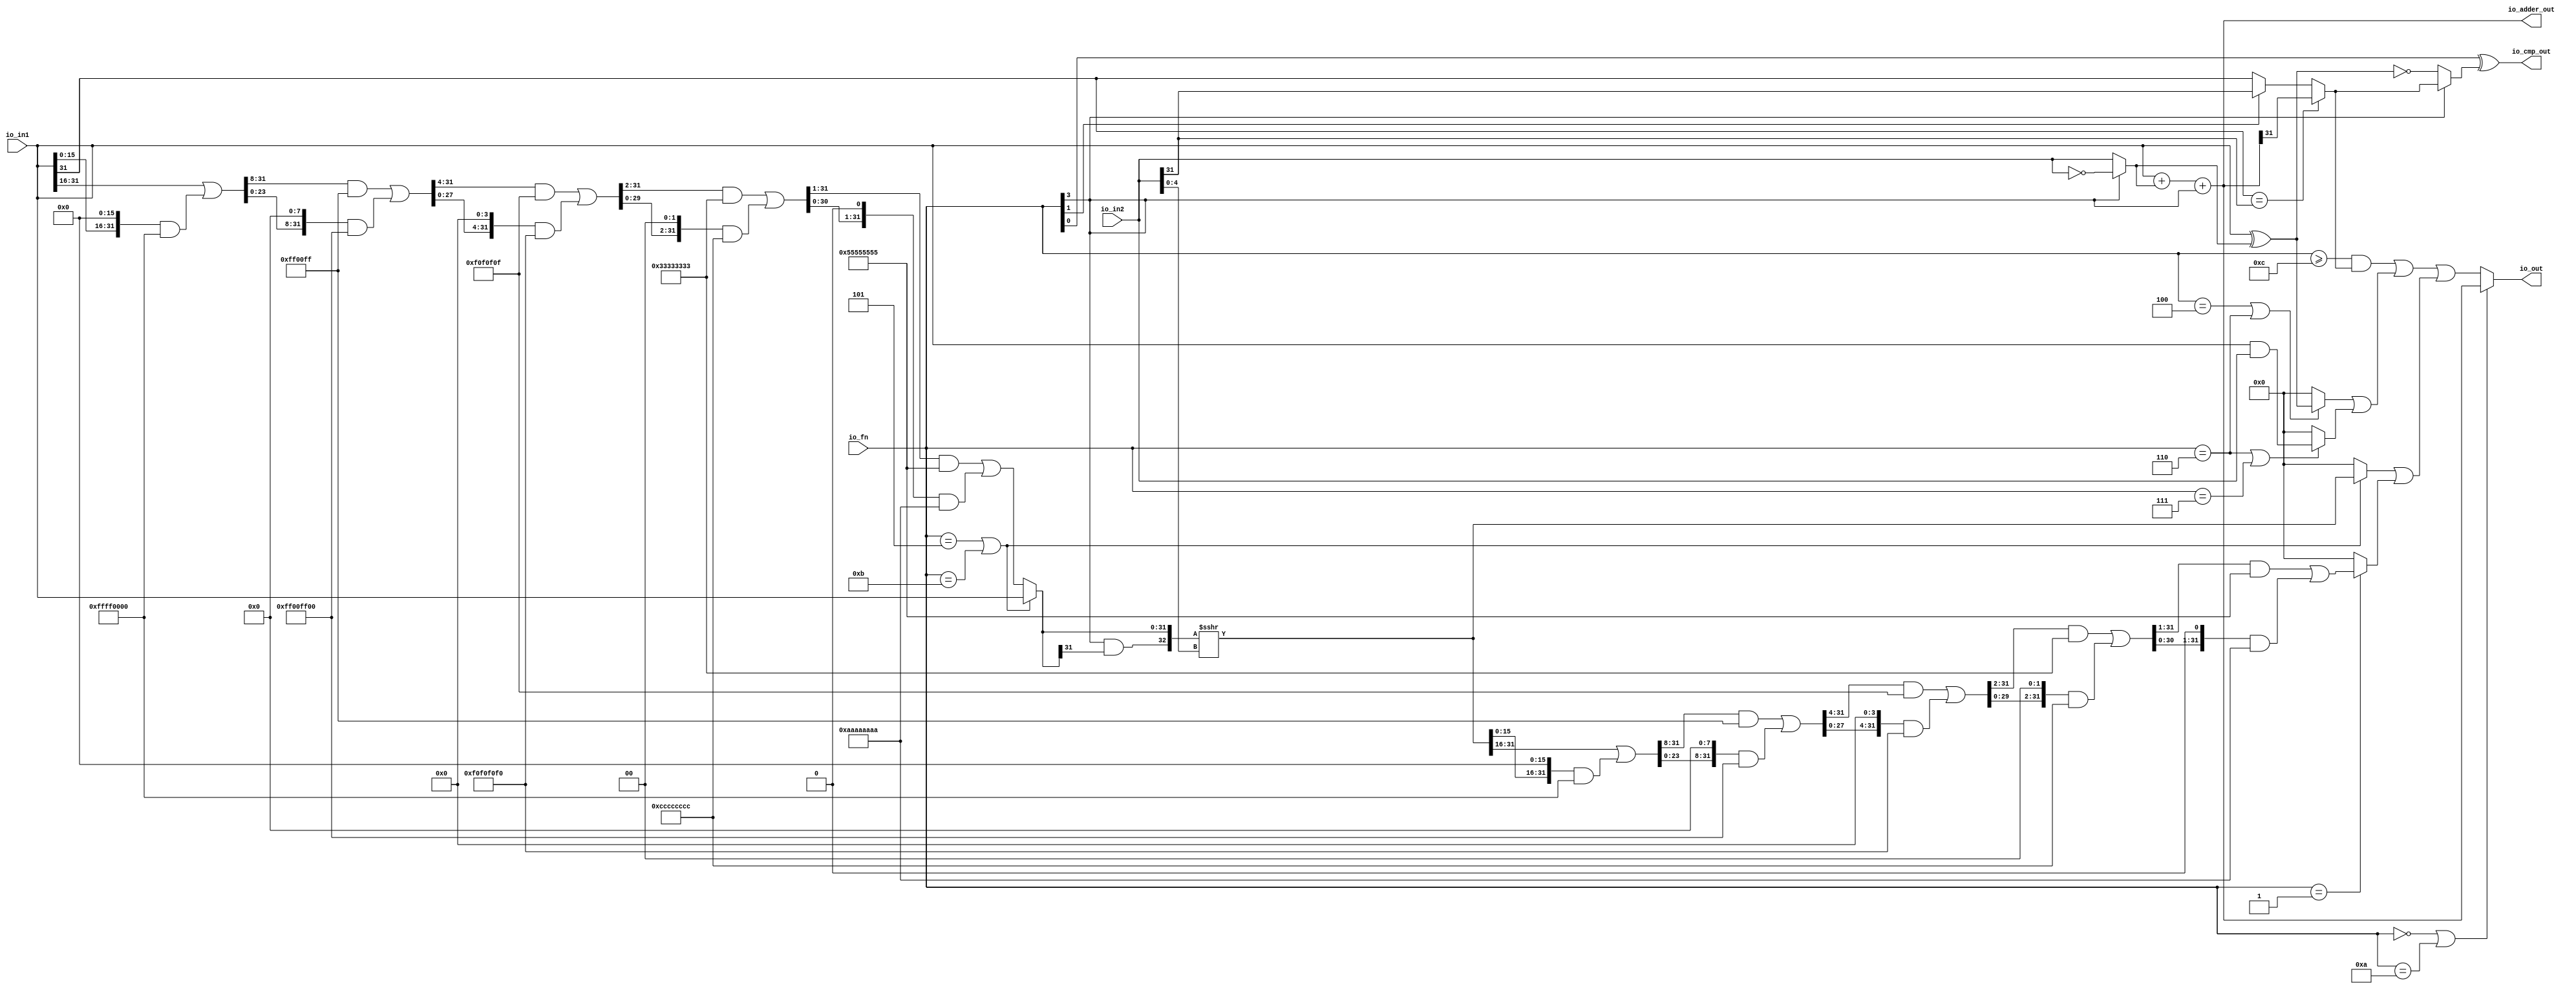
// Copyright (c) 2017, Microsemi Corporation
// All rights reserved.
//
// Redistribution and use in source and binary forms, with or without
// modification, are permitted provided that the following conditions are met:
//     * Redistributions of source code must retain the above copyright
//       notice, this list of conditions and the following disclaimer.
//     * Redistributions in binary form must reproduce the above copyright
//       notice, this list of conditions and the following disclaimer in the
//       documentation and/or other materials provided with the distribution.
//     * Neither the name of the <organization> nor the
//       names of its contributors may be used to endorse or promote products
//       derived from this software without specific prior written permission.
//
// THIS SOFTWARE IS PROVIDED BY THE COPYRIGHT HOLDERS AND CONTRIBUTORS "AS IS" AND
// ANY EXPRESS OR IMPLIED WARRANTIES, INCLUDING, BUT NOT LIMITED TO, THE IMPLIED
// WARRANTIES OF MERCHANTABILITY AND FITNESS FOR A PARTICULAR PURPOSE ARE
// DISCLAIMED. IN NO EVENT SHALL MICROSEMI CORPORATIONM BE LIABLE FOR ANY
// DIRECT, INDIRECT, INCIDENTAL, SPECIAL, EXEMPLARY, OR CONSEQUENTIAL DAMAGES
// (INCLUDING, BUT NOT LIMITED TO, PROCUREMENT OF SUBSTITUTE GOODS OR SERVICES;
// LOSS OF USE, DATA, OR PROFITS; OR BUSINESS INTERRUPTION) HOWEVER CAUSED AND
// ON ANY THEORY OF LIABILITY, WHETHER IN CONTRACT, STRICT LIABILITY, OR TORT
// (INCLUDING NEGLIGENCE OR OTHERWISE) ARISING IN ANY WAY OUT OF THE USE OF THIS
// SOFTWARE, EVEN IF ADVISED OF THE POSSIBILITY OF SUCH DAMAGE.
//
// APACHE LICENSE
// Copyright (c) 2017, Microsemi Corporation 
//
// Licensed under the Apache License, Version 2.0 (the "License");
// you may not use this file except in compliance with the License.
// You may obtain a copy of the License at
//
//    http://www.apache.org/licenses/LICENSE-2.0
//
// Unless required by applicable law or agreed to in writing, software
// distributed under the License is distributed on an "AS IS" BASIS,
// WITHOUT WARRANTIES OR CONDITIONS OF ANY KIND, either express or implied.
// See the License for the specific language governing permissions and
// limitations under the License.
//
// Description:
//
// SVN Revision Information:
// SVN $Revision: $
// SVN $Date: $
//
// Resolved SARs
// SAR      Date     Who   Description
//
// Notes:
//
// ****************************************************************************/
`ifndef RANDOMIZE_REG_INIT 
	 `define RANDOMIZE_REG_INIT 
 `endif
`ifndef RANDOMIZE_MEM_INIT 
	 `define RANDOMIZE_MEM_INIT 
 `endif
`ifndef RANDOMIZE 
	 `define RANDOMIZE 
`endif

`timescale 1ns/10ps
module MiV_AXI_MiV_AXI_0_MIV_RV32IMA_L1_AXI_ALU( // @[:freechips.rocketchip.system.MivRV32ImaL1AhbConfig.fir@109377.2]
  input  [3:0]  io_fn, // @[:freechips.rocketchip.system.MivRV32ImaL1AhbConfig.fir@109380.4]
  input  [31:0] io_in2, // @[:freechips.rocketchip.system.MivRV32ImaL1AhbConfig.fir@109380.4]
  input  [31:0] io_in1, // @[:freechips.rocketchip.system.MivRV32ImaL1AhbConfig.fir@109380.4]
  output [31:0] io_out, // @[:freechips.rocketchip.system.MivRV32ImaL1AhbConfig.fir@109380.4]
  output [31:0] io_adder_out, // @[:freechips.rocketchip.system.MivRV32ImaL1AhbConfig.fir@109380.4]
  output        io_cmp_out // @[:freechips.rocketchip.system.MivRV32ImaL1AhbConfig.fir@109380.4]
);
  wire  _T_9; // @[ALU.scala 40:29:freechips.rocketchip.system.MivRV32ImaL1AhbConfig.fir@109385.4]
  wire [31:0] _T_10; // @[ALU.scala 62:35:freechips.rocketchip.system.MivRV32ImaL1AhbConfig.fir@109386.4]
  wire [31:0] in2_inv; // @[ALU.scala 62:20:freechips.rocketchip.system.MivRV32ImaL1AhbConfig.fir@109387.4]
  wire [31:0] in1_xor_in2; // @[ALU.scala 63:28:freechips.rocketchip.system.MivRV32ImaL1AhbConfig.fir@109388.4]
  wire [32:0] _T_11; // @[ALU.scala 64:26:freechips.rocketchip.system.MivRV32ImaL1AhbConfig.fir@109389.4]
  wire [31:0] _T_12; // @[ALU.scala 64:26:freechips.rocketchip.system.MivRV32ImaL1AhbConfig.fir@109390.4]
  wire [31:0] _GEN_0; // @[ALU.scala 64:36:freechips.rocketchip.system.MivRV32ImaL1AhbConfig.fir@109392.4]
  wire [32:0] _T_14; // @[ALU.scala 64:36:freechips.rocketchip.system.MivRV32ImaL1AhbConfig.fir@109392.4]
  wire [31:0] _T_15; // @[ALU.scala 64:36:freechips.rocketchip.system.MivRV32ImaL1AhbConfig.fir@109393.4]
  wire  _T_16; // @[ALU.scala 68:15:freechips.rocketchip.system.MivRV32ImaL1AhbConfig.fir@109395.4]
  wire  _T_17; // @[ALU.scala 68:34:freechips.rocketchip.system.MivRV32ImaL1AhbConfig.fir@109396.4]
  wire  _T_18; // @[ALU.scala 68:24:freechips.rocketchip.system.MivRV32ImaL1AhbConfig.fir@109397.4]
  wire  _T_19; // @[ALU.scala 68:56:freechips.rocketchip.system.MivRV32ImaL1AhbConfig.fir@109398.4]
  wire  _T_20; // @[ALU.scala 42:35:freechips.rocketchip.system.MivRV32ImaL1AhbConfig.fir@109399.4]
  wire  _T_23; // @[ALU.scala 69:8:freechips.rocketchip.system.MivRV32ImaL1AhbConfig.fir@109402.4]
  wire  slt; // @[ALU.scala 68:8:freechips.rocketchip.system.MivRV32ImaL1AhbConfig.fir@109403.4]
  wire  _T_24; // @[ALU.scala 43:35:freechips.rocketchip.system.MivRV32ImaL1AhbConfig.fir@109404.4]
  wire  _T_27; // @[ALU.scala 44:26:freechips.rocketchip.system.MivRV32ImaL1AhbConfig.fir@109406.4]
  wire  _T_29; // @[ALU.scala 70:68:freechips.rocketchip.system.MivRV32ImaL1AhbConfig.fir@109407.4]
  wire  _T_30; // @[ALU.scala 70:41:freechips.rocketchip.system.MivRV32ImaL1AhbConfig.fir@109408.4]
  wire  _T_31; // @[ALU.scala 70:36:freechips.rocketchip.system.MivRV32ImaL1AhbConfig.fir@109409.4]
  wire [4:0] shamt; // @[ALU.scala 74:28:freechips.rocketchip.system.MivRV32ImaL1AhbConfig.fir@109411.4]
  wire  _T_33; // @[ALU.scala 82:24:freechips.rocketchip.system.MivRV32ImaL1AhbConfig.fir@109412.4]
  wire  _T_35; // @[ALU.scala 82:44:freechips.rocketchip.system.MivRV32ImaL1AhbConfig.fir@109413.4]
  wire  _T_36; // @[ALU.scala 82:35:freechips.rocketchip.system.MivRV32ImaL1AhbConfig.fir@109414.4]
  wire [15:0] _T_41; // @[Bitwise.scala 103:21:freechips.rocketchip.system.MivRV32ImaL1AhbConfig.fir@109417.4]
  wire [31:0] _T_42; // @[Bitwise.scala 103:31:freechips.rocketchip.system.MivRV32ImaL1AhbConfig.fir@109418.4]
  wire [15:0] _T_43; // @[Bitwise.scala 103:46:freechips.rocketchip.system.MivRV32ImaL1AhbConfig.fir@109419.4]
  wire [31:0] _GEN_1; // @[Bitwise.scala 103:65:freechips.rocketchip.system.MivRV32ImaL1AhbConfig.fir@109420.4]
  wire [31:0] _T_44; // @[Bitwise.scala 103:65:freechips.rocketchip.system.MivRV32ImaL1AhbConfig.fir@109420.4]
  wire [31:0] _T_46; // @[Bitwise.scala 103:75:freechips.rocketchip.system.MivRV32ImaL1AhbConfig.fir@109422.4]
  wire [31:0] _T_47; // @[Bitwise.scala 103:39:freechips.rocketchip.system.MivRV32ImaL1AhbConfig.fir@109423.4]
  wire [23:0] _T_51; // @[Bitwise.scala 103:21:freechips.rocketchip.system.MivRV32ImaL1AhbConfig.fir@109427.4]
  wire [31:0] _GEN_2; // @[Bitwise.scala 103:31:freechips.rocketchip.system.MivRV32ImaL1AhbConfig.fir@109428.4]
  wire [31:0] _T_52; // @[Bitwise.scala 103:31:freechips.rocketchip.system.MivRV32ImaL1AhbConfig.fir@109428.4]
  wire [23:0] _T_53; // @[Bitwise.scala 103:46:freechips.rocketchip.system.MivRV32ImaL1AhbConfig.fir@109429.4]
  wire [31:0] _GEN_3; // @[Bitwise.scala 103:65:freechips.rocketchip.system.MivRV32ImaL1AhbConfig.fir@109430.4]
  wire [31:0] _T_54; // @[Bitwise.scala 103:65:freechips.rocketchip.system.MivRV32ImaL1AhbConfig.fir@109430.4]
  wire [31:0] _T_56; // @[Bitwise.scala 103:75:freechips.rocketchip.system.MivRV32ImaL1AhbConfig.fir@109432.4]
  wire [31:0] _T_57; // @[Bitwise.scala 103:39:freechips.rocketchip.system.MivRV32ImaL1AhbConfig.fir@109433.4]
  wire [27:0] _T_61; // @[Bitwise.scala 103:21:freechips.rocketchip.system.MivRV32ImaL1AhbConfig.fir@109437.4]
  wire [31:0] _GEN_4; // @[Bitwise.scala 103:31:freechips.rocketchip.system.MivRV32ImaL1AhbConfig.fir@109438.4]
  wire [31:0] _T_62; // @[Bitwise.scala 103:31:freechips.rocketchip.system.MivRV32ImaL1AhbConfig.fir@109438.4]
  wire [27:0] _T_63; // @[Bitwise.scala 103:46:freechips.rocketchip.system.MivRV32ImaL1AhbConfig.fir@109439.4]
  wire [31:0] _GEN_5; // @[Bitwise.scala 103:65:freechips.rocketchip.system.MivRV32ImaL1AhbConfig.fir@109440.4]
  wire [31:0] _T_64; // @[Bitwise.scala 103:65:freechips.rocketchip.system.MivRV32ImaL1AhbConfig.fir@109440.4]
  wire [31:0] _T_66; // @[Bitwise.scala 103:75:freechips.rocketchip.system.MivRV32ImaL1AhbConfig.fir@109442.4]
  wire [31:0] _T_67; // @[Bitwise.scala 103:39:freechips.rocketchip.system.MivRV32ImaL1AhbConfig.fir@109443.4]
  wire [29:0] _T_71; // @[Bitwise.scala 103:21:freechips.rocketchip.system.MivRV32ImaL1AhbConfig.fir@109447.4]
  wire [31:0] _GEN_6; // @[Bitwise.scala 103:31:freechips.rocketchip.system.MivRV32ImaL1AhbConfig.fir@109448.4]
  wire [31:0] _T_72; // @[Bitwise.scala 103:31:freechips.rocketchip.system.MivRV32ImaL1AhbConfig.fir@109448.4]
  wire [29:0] _T_73; // @[Bitwise.scala 103:46:freechips.rocketchip.system.MivRV32ImaL1AhbConfig.fir@109449.4]
  wire [31:0] _GEN_7; // @[Bitwise.scala 103:65:freechips.rocketchip.system.MivRV32ImaL1AhbConfig.fir@109450.4]
  wire [31:0] _T_74; // @[Bitwise.scala 103:65:freechips.rocketchip.system.MivRV32ImaL1AhbConfig.fir@109450.4]
  wire [31:0] _T_76; // @[Bitwise.scala 103:75:freechips.rocketchip.system.MivRV32ImaL1AhbConfig.fir@109452.4]
  wire [31:0] _T_77; // @[Bitwise.scala 103:39:freechips.rocketchip.system.MivRV32ImaL1AhbConfig.fir@109453.4]
  wire [30:0] _T_81; // @[Bitwise.scala 103:21:freechips.rocketchip.system.MivRV32ImaL1AhbConfig.fir@109457.4]
  wire [31:0] _GEN_8; // @[Bitwise.scala 103:31:freechips.rocketchip.system.MivRV32ImaL1AhbConfig.fir@109458.4]
  wire [31:0] _T_82; // @[Bitwise.scala 103:31:freechips.rocketchip.system.MivRV32ImaL1AhbConfig.fir@109458.4]
  wire [30:0] _T_83; // @[Bitwise.scala 103:46:freechips.rocketchip.system.MivRV32ImaL1AhbConfig.fir@109459.4]
  wire [31:0] _GEN_9; // @[Bitwise.scala 103:65:freechips.rocketchip.system.MivRV32ImaL1AhbConfig.fir@109460.4]
  wire [31:0] _T_84; // @[Bitwise.scala 103:65:freechips.rocketchip.system.MivRV32ImaL1AhbConfig.fir@109460.4]
  wire [31:0] _T_86; // @[Bitwise.scala 103:75:freechips.rocketchip.system.MivRV32ImaL1AhbConfig.fir@109462.4]
  wire [31:0] _T_87; // @[Bitwise.scala 103:39:freechips.rocketchip.system.MivRV32ImaL1AhbConfig.fir@109463.4]
  wire [31:0] shin; // @[ALU.scala 82:17:freechips.rocketchip.system.MivRV32ImaL1AhbConfig.fir@109464.4]
  wire  _T_89; // @[ALU.scala 83:41:freechips.rocketchip.system.MivRV32ImaL1AhbConfig.fir@109466.4]
  wire  _T_90; // @[ALU.scala 83:35:freechips.rocketchip.system.MivRV32ImaL1AhbConfig.fir@109467.4]
  wire [32:0] _T_91; // @[Cat.scala 30:58:freechips.rocketchip.system.MivRV32ImaL1AhbConfig.fir@109468.4]
  wire [32:0] _T_92; // @[ALU.scala 83:57:freechips.rocketchip.system.MivRV32ImaL1AhbConfig.fir@109469.4]
  wire [32:0] _T_93; // @[ALU.scala 83:64:freechips.rocketchip.system.MivRV32ImaL1AhbConfig.fir@109470.4]
  wire [31:0] shout_r; // @[ALU.scala 83:73:freechips.rocketchip.system.MivRV32ImaL1AhbConfig.fir@109471.4]
  wire [15:0] _T_98; // @[Bitwise.scala 103:21:freechips.rocketchip.system.MivRV32ImaL1AhbConfig.fir@109474.4]
  wire [31:0] _T_99; // @[Bitwise.scala 103:31:freechips.rocketchip.system.MivRV32ImaL1AhbConfig.fir@109475.4]
  wire [15:0] _T_100; // @[Bitwise.scala 103:46:freechips.rocketchip.system.MivRV32ImaL1AhbConfig.fir@109476.4]
  wire [31:0] _GEN_10; // @[Bitwise.scala 103:65:freechips.rocketchip.system.MivRV32ImaL1AhbConfig.fir@109477.4]
  wire [31:0] _T_101; // @[Bitwise.scala 103:65:freechips.rocketchip.system.MivRV32ImaL1AhbConfig.fir@109477.4]
  wire [31:0] _T_103; // @[Bitwise.scala 103:75:freechips.rocketchip.system.MivRV32ImaL1AhbConfig.fir@109479.4]
  wire [31:0] _T_104; // @[Bitwise.scala 103:39:freechips.rocketchip.system.MivRV32ImaL1AhbConfig.fir@109480.4]
  wire [23:0] _T_108; // @[Bitwise.scala 103:21:freechips.rocketchip.system.MivRV32ImaL1AhbConfig.fir@109484.4]
  wire [31:0] _GEN_11; // @[Bitwise.scala 103:31:freechips.rocketchip.system.MivRV32ImaL1AhbConfig.fir@109485.4]
  wire [31:0] _T_109; // @[Bitwise.scala 103:31:freechips.rocketchip.system.MivRV32ImaL1AhbConfig.fir@109485.4]
  wire [23:0] _T_110; // @[Bitwise.scala 103:46:freechips.rocketchip.system.MivRV32ImaL1AhbConfig.fir@109486.4]
  wire [31:0] _GEN_12; // @[Bitwise.scala 103:65:freechips.rocketchip.system.MivRV32ImaL1AhbConfig.fir@109487.4]
  wire [31:0] _T_111; // @[Bitwise.scala 103:65:freechips.rocketchip.system.MivRV32ImaL1AhbConfig.fir@109487.4]
  wire [31:0] _T_113; // @[Bitwise.scala 103:75:freechips.rocketchip.system.MivRV32ImaL1AhbConfig.fir@109489.4]
  wire [31:0] _T_114; // @[Bitwise.scala 103:39:freechips.rocketchip.system.MivRV32ImaL1AhbConfig.fir@109490.4]
  wire [27:0] _T_118; // @[Bitwise.scala 103:21:freechips.rocketchip.system.MivRV32ImaL1AhbConfig.fir@109494.4]
  wire [31:0] _GEN_13; // @[Bitwise.scala 103:31:freechips.rocketchip.system.MivRV32ImaL1AhbConfig.fir@109495.4]
  wire [31:0] _T_119; // @[Bitwise.scala 103:31:freechips.rocketchip.system.MivRV32ImaL1AhbConfig.fir@109495.4]
  wire [27:0] _T_120; // @[Bitwise.scala 103:46:freechips.rocketchip.system.MivRV32ImaL1AhbConfig.fir@109496.4]
  wire [31:0] _GEN_14; // @[Bitwise.scala 103:65:freechips.rocketchip.system.MivRV32ImaL1AhbConfig.fir@109497.4]
  wire [31:0] _T_121; // @[Bitwise.scala 103:65:freechips.rocketchip.system.MivRV32ImaL1AhbConfig.fir@109497.4]
  wire [31:0] _T_123; // @[Bitwise.scala 103:75:freechips.rocketchip.system.MivRV32ImaL1AhbConfig.fir@109499.4]
  wire [31:0] _T_124; // @[Bitwise.scala 103:39:freechips.rocketchip.system.MivRV32ImaL1AhbConfig.fir@109500.4]
  wire [29:0] _T_128; // @[Bitwise.scala 103:21:freechips.rocketchip.system.MivRV32ImaL1AhbConfig.fir@109504.4]
  wire [31:0] _GEN_15; // @[Bitwise.scala 103:31:freechips.rocketchip.system.MivRV32ImaL1AhbConfig.fir@109505.4]
  wire [31:0] _T_129; // @[Bitwise.scala 103:31:freechips.rocketchip.system.MivRV32ImaL1AhbConfig.fir@109505.4]
  wire [29:0] _T_130; // @[Bitwise.scala 103:46:freechips.rocketchip.system.MivRV32ImaL1AhbConfig.fir@109506.4]
  wire [31:0] _GEN_16; // @[Bitwise.scala 103:65:freechips.rocketchip.system.MivRV32ImaL1AhbConfig.fir@109507.4]
  wire [31:0] _T_131; // @[Bitwise.scala 103:65:freechips.rocketchip.system.MivRV32ImaL1AhbConfig.fir@109507.4]
  wire [31:0] _T_133; // @[Bitwise.scala 103:75:freechips.rocketchip.system.MivRV32ImaL1AhbConfig.fir@109509.4]
  wire [31:0] _T_134; // @[Bitwise.scala 103:39:freechips.rocketchip.system.MivRV32ImaL1AhbConfig.fir@109510.4]
  wire [30:0] _T_138; // @[Bitwise.scala 103:21:freechips.rocketchip.system.MivRV32ImaL1AhbConfig.fir@109514.4]
  wire [31:0] _GEN_17; // @[Bitwise.scala 103:31:freechips.rocketchip.system.MivRV32ImaL1AhbConfig.fir@109515.4]
  wire [31:0] _T_139; // @[Bitwise.scala 103:31:freechips.rocketchip.system.MivRV32ImaL1AhbConfig.fir@109515.4]
  wire [30:0] _T_140; // @[Bitwise.scala 103:46:freechips.rocketchip.system.MivRV32ImaL1AhbConfig.fir@109516.4]
  wire [31:0] _GEN_18; // @[Bitwise.scala 103:65:freechips.rocketchip.system.MivRV32ImaL1AhbConfig.fir@109517.4]
  wire [31:0] _T_141; // @[Bitwise.scala 103:65:freechips.rocketchip.system.MivRV32ImaL1AhbConfig.fir@109517.4]
  wire [31:0] _T_143; // @[Bitwise.scala 103:75:freechips.rocketchip.system.MivRV32ImaL1AhbConfig.fir@109519.4]
  wire [31:0] shout_l; // @[Bitwise.scala 103:39:freechips.rocketchip.system.MivRV32ImaL1AhbConfig.fir@109520.4]
  wire [31:0] _T_150; // @[ALU.scala 85:18:freechips.rocketchip.system.MivRV32ImaL1AhbConfig.fir@109524.4]
  wire  _T_152; // @[ALU.scala 86:25:freechips.rocketchip.system.MivRV32ImaL1AhbConfig.fir@109525.4]
  wire [31:0] _T_154; // @[ALU.scala 86:18:freechips.rocketchip.system.MivRV32ImaL1AhbConfig.fir@109526.4]
  wire [31:0] shout; // @[ALU.scala 85:74:freechips.rocketchip.system.MivRV32ImaL1AhbConfig.fir@109527.4]
  wire  _T_156; // @[ALU.scala 89:25:freechips.rocketchip.system.MivRV32ImaL1AhbConfig.fir@109528.4]
  wire  _T_158; // @[ALU.scala 89:45:freechips.rocketchip.system.MivRV32ImaL1AhbConfig.fir@109529.4]
  wire  _T_159; // @[ALU.scala 89:36:freechips.rocketchip.system.MivRV32ImaL1AhbConfig.fir@109530.4]
  wire [31:0] _T_161; // @[ALU.scala 89:18:freechips.rocketchip.system.MivRV32ImaL1AhbConfig.fir@109531.4]
  wire  _T_165; // @[ALU.scala 90:44:freechips.rocketchip.system.MivRV32ImaL1AhbConfig.fir@109533.4]
  wire  _T_166; // @[ALU.scala 90:35:freechips.rocketchip.system.MivRV32ImaL1AhbConfig.fir@109534.4]
  wire [31:0] _T_167; // @[ALU.scala 90:63:freechips.rocketchip.system.MivRV32ImaL1AhbConfig.fir@109535.4]
  wire [31:0] _T_169; // @[ALU.scala 90:18:freechips.rocketchip.system.MivRV32ImaL1AhbConfig.fir@109536.4]
  wire [31:0] logic$; // @[ALU.scala 89:78:freechips.rocketchip.system.MivRV32ImaL1AhbConfig.fir@109537.4]
  wire  _T_171; // @[ALU.scala 41:30:freechips.rocketchip.system.MivRV32ImaL1AhbConfig.fir@109538.4]
  wire  _T_172; // @[ALU.scala 91:35:freechips.rocketchip.system.MivRV32ImaL1AhbConfig.fir@109539.4]
  wire [31:0] _GEN_19; // @[ALU.scala 91:43:freechips.rocketchip.system.MivRV32ImaL1AhbConfig.fir@109540.4]
  wire [31:0] _T_173; // @[ALU.scala 91:43:freechips.rocketchip.system.MivRV32ImaL1AhbConfig.fir@109540.4]
  wire [31:0] shift_logic; // @[ALU.scala 91:51:freechips.rocketchip.system.MivRV32ImaL1AhbConfig.fir@109541.4]
  wire  _T_175; // @[ALU.scala 92:23:freechips.rocketchip.system.MivRV32ImaL1AhbConfig.fir@109542.4]
  wire  _T_177; // @[ALU.scala 92:43:freechips.rocketchip.system.MivRV32ImaL1AhbConfig.fir@109543.4]
  wire  _T_178; // @[ALU.scala 92:34:freechips.rocketchip.system.MivRV32ImaL1AhbConfig.fir@109544.4]
  wire [31:0] out; // @[ALU.scala 92:16:freechips.rocketchip.system.MivRV32ImaL1AhbConfig.fir@109545.4]
  assign _T_9 = io_fn[3]; // @[ALU.scala 40:29:freechips.rocketchip.system.MivRV32ImaL1AhbConfig.fir@109385.4]
  assign _T_10 = ~ io_in2; // @[ALU.scala 62:35:freechips.rocketchip.system.MivRV32ImaL1AhbConfig.fir@109386.4]
  assign in2_inv = _T_9 ? _T_10 : io_in2; // @[ALU.scala 62:20:freechips.rocketchip.system.MivRV32ImaL1AhbConfig.fir@109387.4]
  assign in1_xor_in2 = io_in1 ^ in2_inv; // @[ALU.scala 63:28:freechips.rocketchip.system.MivRV32ImaL1AhbConfig.fir@109388.4]
  assign _T_11 = io_in1 + in2_inv; // @[ALU.scala 64:26:freechips.rocketchip.system.MivRV32ImaL1AhbConfig.fir@109389.4]
  assign _T_12 = _T_11[31:0]; // @[ALU.scala 64:26:freechips.rocketchip.system.MivRV32ImaL1AhbConfig.fir@109390.4]
  assign _GEN_0 = {{31'd0}, _T_9}; // @[ALU.scala 64:36:freechips.rocketchip.system.MivRV32ImaL1AhbConfig.fir@109392.4]
  assign _T_14 = _T_12 + _GEN_0; // @[ALU.scala 64:36:freechips.rocketchip.system.MivRV32ImaL1AhbConfig.fir@109392.4]
  assign _T_15 = _T_14[31:0]; // @[ALU.scala 64:36:freechips.rocketchip.system.MivRV32ImaL1AhbConfig.fir@109393.4]
  assign _T_16 = io_in1[31]; // @[ALU.scala 68:15:freechips.rocketchip.system.MivRV32ImaL1AhbConfig.fir@109395.4]
  assign _T_17 = io_in2[31]; // @[ALU.scala 68:34:freechips.rocketchip.system.MivRV32ImaL1AhbConfig.fir@109396.4]
  assign _T_18 = _T_16 == _T_17; // @[ALU.scala 68:24:freechips.rocketchip.system.MivRV32ImaL1AhbConfig.fir@109397.4]
  assign _T_19 = io_adder_out[31]; // @[ALU.scala 68:56:freechips.rocketchip.system.MivRV32ImaL1AhbConfig.fir@109398.4]
  assign _T_20 = io_fn[1]; // @[ALU.scala 42:35:freechips.rocketchip.system.MivRV32ImaL1AhbConfig.fir@109399.4]
  assign _T_23 = _T_20 ? _T_17 : _T_16; // @[ALU.scala 69:8:freechips.rocketchip.system.MivRV32ImaL1AhbConfig.fir@109402.4]
  assign slt = _T_18 ? _T_19 : _T_23; // @[ALU.scala 68:8:freechips.rocketchip.system.MivRV32ImaL1AhbConfig.fir@109403.4]
  assign _T_24 = io_fn[0]; // @[ALU.scala 43:35:freechips.rocketchip.system.MivRV32ImaL1AhbConfig.fir@109404.4]
  assign _T_27 = _T_9 == 1'h0; // @[ALU.scala 44:26:freechips.rocketchip.system.MivRV32ImaL1AhbConfig.fir@109406.4]
  assign _T_29 = in1_xor_in2 == 32'h0; // @[ALU.scala 70:68:freechips.rocketchip.system.MivRV32ImaL1AhbConfig.fir@109407.4]
  assign _T_30 = _T_27 ? _T_29 : slt; // @[ALU.scala 70:41:freechips.rocketchip.system.MivRV32ImaL1AhbConfig.fir@109408.4]
  assign _T_31 = _T_24 ^ _T_30; // @[ALU.scala 70:36:freechips.rocketchip.system.MivRV32ImaL1AhbConfig.fir@109409.4]
  assign shamt = io_in2[4:0]; // @[ALU.scala 74:28:freechips.rocketchip.system.MivRV32ImaL1AhbConfig.fir@109411.4]
  assign _T_33 = io_fn == 4'h5; // @[ALU.scala 82:24:freechips.rocketchip.system.MivRV32ImaL1AhbConfig.fir@109412.4]
  assign _T_35 = io_fn == 4'hb; // @[ALU.scala 82:44:freechips.rocketchip.system.MivRV32ImaL1AhbConfig.fir@109413.4]
  assign _T_36 = _T_33 | _T_35; // @[ALU.scala 82:35:freechips.rocketchip.system.MivRV32ImaL1AhbConfig.fir@109414.4]
  assign _T_41 = io_in1[31:16]; // @[Bitwise.scala 103:21:freechips.rocketchip.system.MivRV32ImaL1AhbConfig.fir@109417.4]
  assign _T_42 = {{16'd0}, _T_41}; // @[Bitwise.scala 103:31:freechips.rocketchip.system.MivRV32ImaL1AhbConfig.fir@109418.4]
  assign _T_43 = io_in1[15:0]; // @[Bitwise.scala 103:46:freechips.rocketchip.system.MivRV32ImaL1AhbConfig.fir@109419.4]
  assign _GEN_1 = {{16'd0}, _T_43}; // @[Bitwise.scala 103:65:freechips.rocketchip.system.MivRV32ImaL1AhbConfig.fir@109420.4]
  assign _T_44 = _GEN_1 << 16; // @[Bitwise.scala 103:65:freechips.rocketchip.system.MivRV32ImaL1AhbConfig.fir@109420.4]
  assign _T_46 = _T_44 & 32'hffff0000; // @[Bitwise.scala 103:75:freechips.rocketchip.system.MivRV32ImaL1AhbConfig.fir@109422.4]
  assign _T_47 = _T_42 | _T_46; // @[Bitwise.scala 103:39:freechips.rocketchip.system.MivRV32ImaL1AhbConfig.fir@109423.4]
  assign _T_51 = _T_47[31:8]; // @[Bitwise.scala 103:21:freechips.rocketchip.system.MivRV32ImaL1AhbConfig.fir@109427.4]
  assign _GEN_2 = {{8'd0}, _T_51}; // @[Bitwise.scala 103:31:freechips.rocketchip.system.MivRV32ImaL1AhbConfig.fir@109428.4]
  assign _T_52 = _GEN_2 & 32'hff00ff; // @[Bitwise.scala 103:31:freechips.rocketchip.system.MivRV32ImaL1AhbConfig.fir@109428.4]
  assign _T_53 = _T_47[23:0]; // @[Bitwise.scala 103:46:freechips.rocketchip.system.MivRV32ImaL1AhbConfig.fir@109429.4]
  assign _GEN_3 = {{8'd0}, _T_53}; // @[Bitwise.scala 103:65:freechips.rocketchip.system.MivRV32ImaL1AhbConfig.fir@109430.4]
  assign _T_54 = _GEN_3 << 8; // @[Bitwise.scala 103:65:freechips.rocketchip.system.MivRV32ImaL1AhbConfig.fir@109430.4]
  assign _T_56 = _T_54 & 32'hff00ff00; // @[Bitwise.scala 103:75:freechips.rocketchip.system.MivRV32ImaL1AhbConfig.fir@109432.4]
  assign _T_57 = _T_52 | _T_56; // @[Bitwise.scala 103:39:freechips.rocketchip.system.MivRV32ImaL1AhbConfig.fir@109433.4]
  assign _T_61 = _T_57[31:4]; // @[Bitwise.scala 103:21:freechips.rocketchip.system.MivRV32ImaL1AhbConfig.fir@109437.4]
  assign _GEN_4 = {{4'd0}, _T_61}; // @[Bitwise.scala 103:31:freechips.rocketchip.system.MivRV32ImaL1AhbConfig.fir@109438.4]
  assign _T_62 = _GEN_4 & 32'hf0f0f0f; // @[Bitwise.scala 103:31:freechips.rocketchip.system.MivRV32ImaL1AhbConfig.fir@109438.4]
  assign _T_63 = _T_57[27:0]; // @[Bitwise.scala 103:46:freechips.rocketchip.system.MivRV32ImaL1AhbConfig.fir@109439.4]
  assign _GEN_5 = {{4'd0}, _T_63}; // @[Bitwise.scala 103:65:freechips.rocketchip.system.MivRV32ImaL1AhbConfig.fir@109440.4]
  assign _T_64 = _GEN_5 << 4; // @[Bitwise.scala 103:65:freechips.rocketchip.system.MivRV32ImaL1AhbConfig.fir@109440.4]
  assign _T_66 = _T_64 & 32'hf0f0f0f0; // @[Bitwise.scala 103:75:freechips.rocketchip.system.MivRV32ImaL1AhbConfig.fir@109442.4]
  assign _T_67 = _T_62 | _T_66; // @[Bitwise.scala 103:39:freechips.rocketchip.system.MivRV32ImaL1AhbConfig.fir@109443.4]
  assign _T_71 = _T_67[31:2]; // @[Bitwise.scala 103:21:freechips.rocketchip.system.MivRV32ImaL1AhbConfig.fir@109447.4]
  assign _GEN_6 = {{2'd0}, _T_71}; // @[Bitwise.scala 103:31:freechips.rocketchip.system.MivRV32ImaL1AhbConfig.fir@109448.4]
  assign _T_72 = _GEN_6 & 32'h33333333; // @[Bitwise.scala 103:31:freechips.rocketchip.system.MivRV32ImaL1AhbConfig.fir@109448.4]
  assign _T_73 = _T_67[29:0]; // @[Bitwise.scala 103:46:freechips.rocketchip.system.MivRV32ImaL1AhbConfig.fir@109449.4]
  assign _GEN_7 = {{2'd0}, _T_73}; // @[Bitwise.scala 103:65:freechips.rocketchip.system.MivRV32ImaL1AhbConfig.fir@109450.4]
  assign _T_74 = _GEN_7 << 2; // @[Bitwise.scala 103:65:freechips.rocketchip.system.MivRV32ImaL1AhbConfig.fir@109450.4]
  assign _T_76 = _T_74 & 32'hcccccccc; // @[Bitwise.scala 103:75:freechips.rocketchip.system.MivRV32ImaL1AhbConfig.fir@109452.4]
  assign _T_77 = _T_72 | _T_76; // @[Bitwise.scala 103:39:freechips.rocketchip.system.MivRV32ImaL1AhbConfig.fir@109453.4]
  assign _T_81 = _T_77[31:1]; // @[Bitwise.scala 103:21:freechips.rocketchip.system.MivRV32ImaL1AhbConfig.fir@109457.4]
  assign _GEN_8 = {{1'd0}, _T_81}; // @[Bitwise.scala 103:31:freechips.rocketchip.system.MivRV32ImaL1AhbConfig.fir@109458.4]
  assign _T_82 = _GEN_8 & 32'h55555555; // @[Bitwise.scala 103:31:freechips.rocketchip.system.MivRV32ImaL1AhbConfig.fir@109458.4]
  assign _T_83 = _T_77[30:0]; // @[Bitwise.scala 103:46:freechips.rocketchip.system.MivRV32ImaL1AhbConfig.fir@109459.4]
  assign _GEN_9 = {{1'd0}, _T_83}; // @[Bitwise.scala 103:65:freechips.rocketchip.system.MivRV32ImaL1AhbConfig.fir@109460.4]
  assign _T_84 = _GEN_9 << 1; // @[Bitwise.scala 103:65:freechips.rocketchip.system.MivRV32ImaL1AhbConfig.fir@109460.4]
  assign _T_86 = _T_84 & 32'haaaaaaaa; // @[Bitwise.scala 103:75:freechips.rocketchip.system.MivRV32ImaL1AhbConfig.fir@109462.4]
  assign _T_87 = _T_82 | _T_86; // @[Bitwise.scala 103:39:freechips.rocketchip.system.MivRV32ImaL1AhbConfig.fir@109463.4]
  assign shin = _T_36 ? io_in1 : _T_87; // @[ALU.scala 82:17:freechips.rocketchip.system.MivRV32ImaL1AhbConfig.fir@109464.4]
  assign _T_89 = shin[31]; // @[ALU.scala 83:41:freechips.rocketchip.system.MivRV32ImaL1AhbConfig.fir@109466.4]
  assign _T_90 = _T_9 & _T_89; // @[ALU.scala 83:35:freechips.rocketchip.system.MivRV32ImaL1AhbConfig.fir@109467.4]
  assign _T_91 = {_T_90,shin}; // @[Cat.scala 30:58:freechips.rocketchip.system.MivRV32ImaL1AhbConfig.fir@109468.4]
  assign _T_92 = $signed(_T_91); // @[ALU.scala 83:57:freechips.rocketchip.system.MivRV32ImaL1AhbConfig.fir@109469.4]
  assign _T_93 = $signed(_T_92) >>> shamt; // @[ALU.scala 83:64:freechips.rocketchip.system.MivRV32ImaL1AhbConfig.fir@109470.4]
  assign shout_r = _T_93[31:0]; // @[ALU.scala 83:73:freechips.rocketchip.system.MivRV32ImaL1AhbConfig.fir@109471.4]
  assign _T_98 = shout_r[31:16]; // @[Bitwise.scala 103:21:freechips.rocketchip.system.MivRV32ImaL1AhbConfig.fir@109474.4]
  assign _T_99 = {{16'd0}, _T_98}; // @[Bitwise.scala 103:31:freechips.rocketchip.system.MivRV32ImaL1AhbConfig.fir@109475.4]
  assign _T_100 = shout_r[15:0]; // @[Bitwise.scala 103:46:freechips.rocketchip.system.MivRV32ImaL1AhbConfig.fir@109476.4]
  assign _GEN_10 = {{16'd0}, _T_100}; // @[Bitwise.scala 103:65:freechips.rocketchip.system.MivRV32ImaL1AhbConfig.fir@109477.4]
  assign _T_101 = _GEN_10 << 16; // @[Bitwise.scala 103:65:freechips.rocketchip.system.MivRV32ImaL1AhbConfig.fir@109477.4]
  assign _T_103 = _T_101 & 32'hffff0000; // @[Bitwise.scala 103:75:freechips.rocketchip.system.MivRV32ImaL1AhbConfig.fir@109479.4]
  assign _T_104 = _T_99 | _T_103; // @[Bitwise.scala 103:39:freechips.rocketchip.system.MivRV32ImaL1AhbConfig.fir@109480.4]
  assign _T_108 = _T_104[31:8]; // @[Bitwise.scala 103:21:freechips.rocketchip.system.MivRV32ImaL1AhbConfig.fir@109484.4]
  assign _GEN_11 = {{8'd0}, _T_108}; // @[Bitwise.scala 103:31:freechips.rocketchip.system.MivRV32ImaL1AhbConfig.fir@109485.4]
  assign _T_109 = _GEN_11 & 32'hff00ff; // @[Bitwise.scala 103:31:freechips.rocketchip.system.MivRV32ImaL1AhbConfig.fir@109485.4]
  assign _T_110 = _T_104[23:0]; // @[Bitwise.scala 103:46:freechips.rocketchip.system.MivRV32ImaL1AhbConfig.fir@109486.4]
  assign _GEN_12 = {{8'd0}, _T_110}; // @[Bitwise.scala 103:65:freechips.rocketchip.system.MivRV32ImaL1AhbConfig.fir@109487.4]
  assign _T_111 = _GEN_12 << 8; // @[Bitwise.scala 103:65:freechips.rocketchip.system.MivRV32ImaL1AhbConfig.fir@109487.4]
  assign _T_113 = _T_111 & 32'hff00ff00; // @[Bitwise.scala 103:75:freechips.rocketchip.system.MivRV32ImaL1AhbConfig.fir@109489.4]
  assign _T_114 = _T_109 | _T_113; // @[Bitwise.scala 103:39:freechips.rocketchip.system.MivRV32ImaL1AhbConfig.fir@109490.4]
  assign _T_118 = _T_114[31:4]; // @[Bitwise.scala 103:21:freechips.rocketchip.system.MivRV32ImaL1AhbConfig.fir@109494.4]
  assign _GEN_13 = {{4'd0}, _T_118}; // @[Bitwise.scala 103:31:freechips.rocketchip.system.MivRV32ImaL1AhbConfig.fir@109495.4]
  assign _T_119 = _GEN_13 & 32'hf0f0f0f; // @[Bitwise.scala 103:31:freechips.rocketchip.system.MivRV32ImaL1AhbConfig.fir@109495.4]
  assign _T_120 = _T_114[27:0]; // @[Bitwise.scala 103:46:freechips.rocketchip.system.MivRV32ImaL1AhbConfig.fir@109496.4]
  assign _GEN_14 = {{4'd0}, _T_120}; // @[Bitwise.scala 103:65:freechips.rocketchip.system.MivRV32ImaL1AhbConfig.fir@109497.4]
  assign _T_121 = _GEN_14 << 4; // @[Bitwise.scala 103:65:freechips.rocketchip.system.MivRV32ImaL1AhbConfig.fir@109497.4]
  assign _T_123 = _T_121 & 32'hf0f0f0f0; // @[Bitwise.scala 103:75:freechips.rocketchip.system.MivRV32ImaL1AhbConfig.fir@109499.4]
  assign _T_124 = _T_119 | _T_123; // @[Bitwise.scala 103:39:freechips.rocketchip.system.MivRV32ImaL1AhbConfig.fir@109500.4]
  assign _T_128 = _T_124[31:2]; // @[Bitwise.scala 103:21:freechips.rocketchip.system.MivRV32ImaL1AhbConfig.fir@109504.4]
  assign _GEN_15 = {{2'd0}, _T_128}; // @[Bitwise.scala 103:31:freechips.rocketchip.system.MivRV32ImaL1AhbConfig.fir@109505.4]
  assign _T_129 = _GEN_15 & 32'h33333333; // @[Bitwise.scala 103:31:freechips.rocketchip.system.MivRV32ImaL1AhbConfig.fir@109505.4]
  assign _T_130 = _T_124[29:0]; // @[Bitwise.scala 103:46:freechips.rocketchip.system.MivRV32ImaL1AhbConfig.fir@109506.4]
  assign _GEN_16 = {{2'd0}, _T_130}; // @[Bitwise.scala 103:65:freechips.rocketchip.system.MivRV32ImaL1AhbConfig.fir@109507.4]
  assign _T_131 = _GEN_16 << 2; // @[Bitwise.scala 103:65:freechips.rocketchip.system.MivRV32ImaL1AhbConfig.fir@109507.4]
  assign _T_133 = _T_131 & 32'hcccccccc; // @[Bitwise.scala 103:75:freechips.rocketchip.system.MivRV32ImaL1AhbConfig.fir@109509.4]
  assign _T_134 = _T_129 | _T_133; // @[Bitwise.scala 103:39:freechips.rocketchip.system.MivRV32ImaL1AhbConfig.fir@109510.4]
  assign _T_138 = _T_134[31:1]; // @[Bitwise.scala 103:21:freechips.rocketchip.system.MivRV32ImaL1AhbConfig.fir@109514.4]
  assign _GEN_17 = {{1'd0}, _T_138}; // @[Bitwise.scala 103:31:freechips.rocketchip.system.MivRV32ImaL1AhbConfig.fir@109515.4]
  assign _T_139 = _GEN_17 & 32'h55555555; // @[Bitwise.scala 103:31:freechips.rocketchip.system.MivRV32ImaL1AhbConfig.fir@109515.4]
  assign _T_140 = _T_134[30:0]; // @[Bitwise.scala 103:46:freechips.rocketchip.system.MivRV32ImaL1AhbConfig.fir@109516.4]
  assign _GEN_18 = {{1'd0}, _T_140}; // @[Bitwise.scala 103:65:freechips.rocketchip.system.MivRV32ImaL1AhbConfig.fir@109517.4]
  assign _T_141 = _GEN_18 << 1; // @[Bitwise.scala 103:65:freechips.rocketchip.system.MivRV32ImaL1AhbConfig.fir@109517.4]
  assign _T_143 = _T_141 & 32'haaaaaaaa; // @[Bitwise.scala 103:75:freechips.rocketchip.system.MivRV32ImaL1AhbConfig.fir@109519.4]
  assign shout_l = _T_139 | _T_143; // @[Bitwise.scala 103:39:freechips.rocketchip.system.MivRV32ImaL1AhbConfig.fir@109520.4]
  assign _T_150 = _T_36 ? shout_r : 32'h0; // @[ALU.scala 85:18:freechips.rocketchip.system.MivRV32ImaL1AhbConfig.fir@109524.4]
  assign _T_152 = io_fn == 4'h1; // @[ALU.scala 86:25:freechips.rocketchip.system.MivRV32ImaL1AhbConfig.fir@109525.4]
  assign _T_154 = _T_152 ? shout_l : 32'h0; // @[ALU.scala 86:18:freechips.rocketchip.system.MivRV32ImaL1AhbConfig.fir@109526.4]
  assign shout = _T_150 | _T_154; // @[ALU.scala 85:74:freechips.rocketchip.system.MivRV32ImaL1AhbConfig.fir@109527.4]
  assign _T_156 = io_fn == 4'h4; // @[ALU.scala 89:25:freechips.rocketchip.system.MivRV32ImaL1AhbConfig.fir@109528.4]
  assign _T_158 = io_fn == 4'h6; // @[ALU.scala 89:45:freechips.rocketchip.system.MivRV32ImaL1AhbConfig.fir@109529.4]
  assign _T_159 = _T_156 | _T_158; // @[ALU.scala 89:36:freechips.rocketchip.system.MivRV32ImaL1AhbConfig.fir@109530.4]
  assign _T_161 = _T_159 ? in1_xor_in2 : 32'h0; // @[ALU.scala 89:18:freechips.rocketchip.system.MivRV32ImaL1AhbConfig.fir@109531.4]
  assign _T_165 = io_fn == 4'h7; // @[ALU.scala 90:44:freechips.rocketchip.system.MivRV32ImaL1AhbConfig.fir@109533.4]
  assign _T_166 = _T_158 | _T_165; // @[ALU.scala 90:35:freechips.rocketchip.system.MivRV32ImaL1AhbConfig.fir@109534.4]
  assign _T_167 = io_in1 & io_in2; // @[ALU.scala 90:63:freechips.rocketchip.system.MivRV32ImaL1AhbConfig.fir@109535.4]
  assign _T_169 = _T_166 ? _T_167 : 32'h0; // @[ALU.scala 90:18:freechips.rocketchip.system.MivRV32ImaL1AhbConfig.fir@109536.4]
  assign logic$ = _T_161 | _T_169; // @[ALU.scala 89:78:freechips.rocketchip.system.MivRV32ImaL1AhbConfig.fir@109537.4]
  assign _T_171 = io_fn >= 4'hc; // @[ALU.scala 41:30:freechips.rocketchip.system.MivRV32ImaL1AhbConfig.fir@109538.4]
  assign _T_172 = _T_171 & slt; // @[ALU.scala 91:35:freechips.rocketchip.system.MivRV32ImaL1AhbConfig.fir@109539.4]
  assign _GEN_19 = {{31'd0}, _T_172}; // @[ALU.scala 91:43:freechips.rocketchip.system.MivRV32ImaL1AhbConfig.fir@109540.4]
  assign _T_173 = _GEN_19 | logic$; // @[ALU.scala 91:43:freechips.rocketchip.system.MivRV32ImaL1AhbConfig.fir@109540.4]
  assign shift_logic = _T_173 | shout; // @[ALU.scala 91:51:freechips.rocketchip.system.MivRV32ImaL1AhbConfig.fir@109541.4]
  assign _T_175 = io_fn == 4'h0; // @[ALU.scala 92:23:freechips.rocketchip.system.MivRV32ImaL1AhbConfig.fir@109542.4]
  assign _T_177 = io_fn == 4'ha; // @[ALU.scala 92:43:freechips.rocketchip.system.MivRV32ImaL1AhbConfig.fir@109543.4]
  assign _T_178 = _T_175 | _T_177; // @[ALU.scala 92:34:freechips.rocketchip.system.MivRV32ImaL1AhbConfig.fir@109544.4]
  assign out = _T_178 ? io_adder_out : shift_logic; // @[ALU.scala 92:16:freechips.rocketchip.system.MivRV32ImaL1AhbConfig.fir@109545.4]
  assign io_out = out;
  assign io_adder_out = _T_15;
  assign io_cmp_out = _T_31;
endmodule